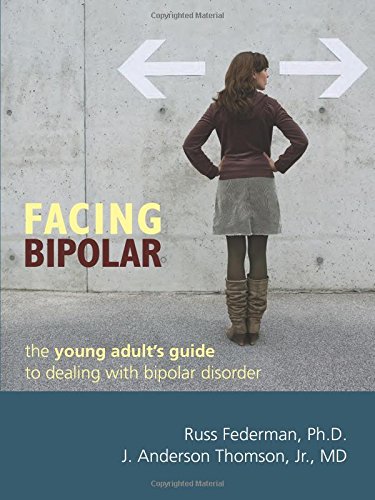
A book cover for Facing Bipolar: The Young Adult's Guide to Dealing with Bipolar Disorder; Russ Federman PhD; Health, Fitness & Dieting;